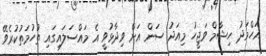
އަހްމަދު ހިޝާމް ވަޖީހު މިއަދު ސަން އަށް ވިދާޅުވީ އެ މައްސަލައިގައި ތުހުމަތުކުރެވޭ